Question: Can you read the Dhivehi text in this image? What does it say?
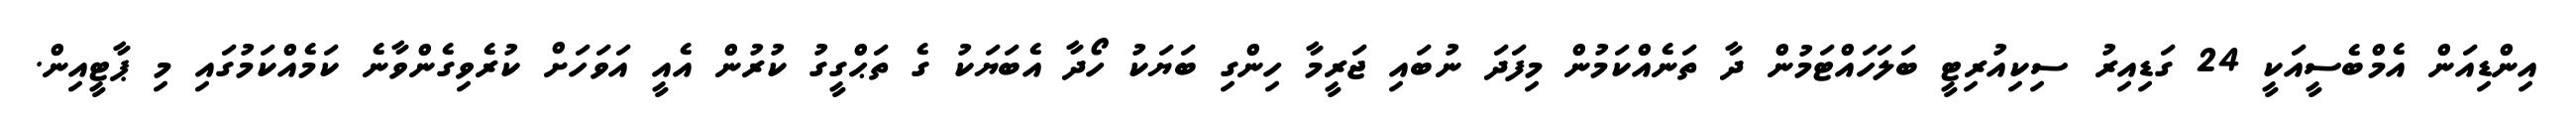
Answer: އިންޑިއަން އެމްބެސީއަކީ 24 ގަޑިއިރު ސިކިއުރިޓީ ބަލަހައްޓަމުން ދާ ތަނެއްކަމުން މިފަދަ ނުބައި ޖަރީމާ ހިންގި ބަޔަކު ހޯދާ އެބަޔަކު ގެ ތަޙްގީގު ކުރުން އެއީ އަވަހަށް ކުރެވިގެންވާނެ ކަމެއްކަމުގައި މި ޕާޓީއިން.